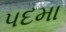
પદમા